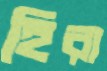
হিরা